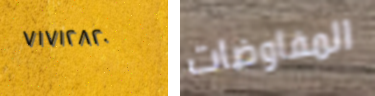
٧١٧١٢٨٢٠ المفاوضات